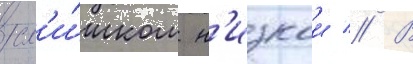
сл'и́шком н'изкои // В